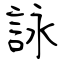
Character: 詠